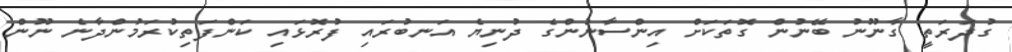
ގުދަރަތީ ގާނޫނު ބޭނުން ގޮތަކަށް އިންސާނުންގެ ދުނިޔެ އަނބުރައި ފުރޮޅައި ކަންފަތިކުރަމުންދާނެ ނޫން